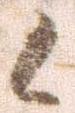
候